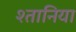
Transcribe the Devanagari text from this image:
श्तानिया